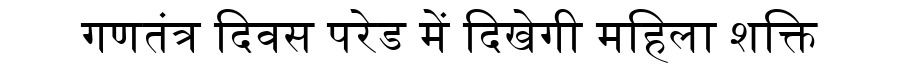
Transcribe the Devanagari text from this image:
गणतंत्र दिवस परेड में दिखेगी महिला शक्ति